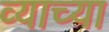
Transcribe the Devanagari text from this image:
व्याच्या